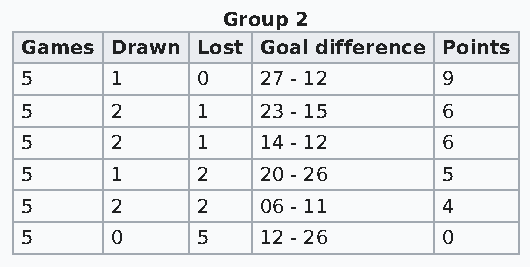
Group 2
 Games Drawn Lost Goal difference Points
 5     1     0   27 - 12     9
 5     2     1   23 - 15     6
 5     2     1   14 - 12     6
 5     1     2   20 - 26     5
 5     2     2   06 - 11     4
 5     0     5   12 - 26     0